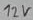
Text: 12V